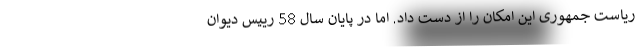
ریاست جمهوری این امکان را از دست داد. اما در پایان سال 58 رییس دیوان